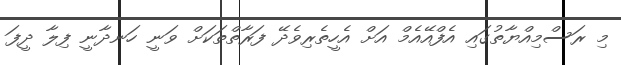
މި ރަސްމިއްޔާތުގައި އެފްއޭއެމް އަށް އެހީތެރިވެދޭ ފަރާތްތަކަށް ވަނީ ހަނދާނީ ފިލާ ދީފަ